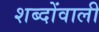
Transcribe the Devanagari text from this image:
शब्दोंवाली